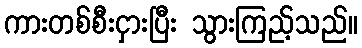
ကားတစ်စီးငှားပြီး သွားကြည့်သည်။